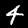
Digit: 4